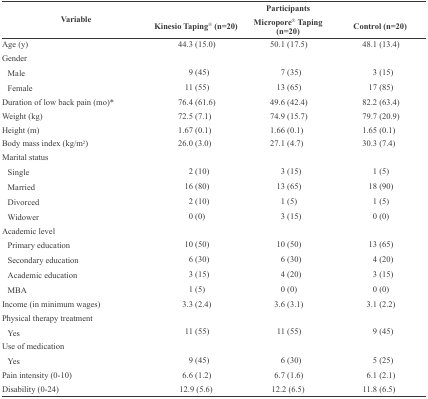
| <ROWSPAN=2> Variable | <COLSPAN=3> Participants |
 | Kinesio Taping®  (n=20) | Micropore® Taping (n=20) | Control (n=20) |
 | --- | --- | --- | --- |
 | Age (y) | 44.3 (15.0) | 50.1 (17.5) | 48.1 (13.4) |
 | Gender |  |  |  |
 | Male | 9 (45) | 7 (35) | 3 (15) |
 | Female | 11 (55) | 13 (65) | 17 (85) |
 | Duration of low back pain(mo)* | 76.4 (61.6) | 49.6 (42.4) | 82.2 (63.4) |
 | Weight (kg) | 72.5 (7.1) | 74.9 (15.7) | 79.7 (20.9) |
 | Height (m) | 1.67 (0.1) | 1.66 (0.1) | 1.65 (0.1) |
 | Body mass index (kg/m2) | 26.0 (3.0) | 27.1 (4.7) | 30.3 (7.4) |
 | Marital status |  |  |  |
 | Single | 2 (10) | 3 (15) | 1 (5) |
 | Married | 16 (80) | 13 (65) | 18 (90) |
 | Divorced | 2 (10) | 1 (5) | 1 (5) |
 | Widower | 0 (0) | 3 (15) | 0 (0) |
 | Academic level |  |  |  |
 | Primary education | 10 (50) | 10 (50) | 13 (65) |
 | Secondary education | 6 (30) | 6 (30) | 4 (20) |
 | Academic education | 3 (15) | 4 (20) | 3 (15) |
 | MBA | 1 (5) | 0 (0) | 0 (0) |
 | Income (in minimum wages) | 3.3 (2.4) | 3.6 (3.1) | 3.1 (2.2) |
 | Physical therapy treatment |  |  |  |
 | Yes | 11 (55) | 11 (55) | 9 (45) |
 | Use of medication |  |  |  |
 | Yes | 9 (45) | 6 (30) | 5 (25) |
 | Pain intensity (0-10) | 6.6 (1.2) | 6.7 (1.6) | 6.1 (2.1) |
 | Disability (0-24) | <ROWSPAN=2> 12.9 (5.6) | <ROWSPAN=2> 12.2 (6.5) | <ROWSPAN=2> 11.8 (6.5) |